Civil Veterinary Dept. Bombay admin report 1932-41 - 1932-1941
Year: 1932
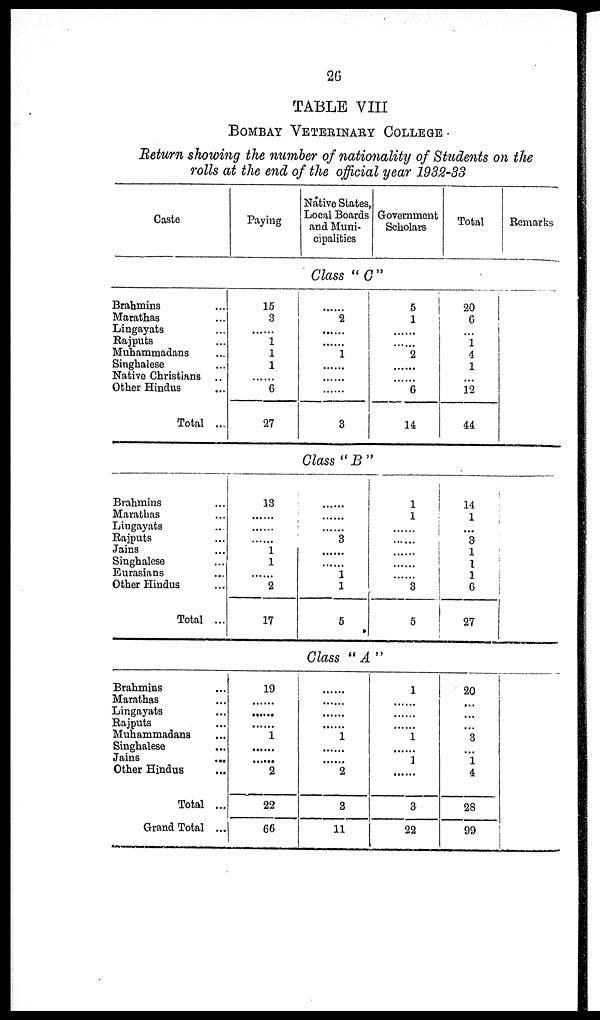
26
TABLE VIII
BOMBAY VETERINARY COLLEGE
Return showing the number of nationality of Students on the
rolls at the end of the official year 1932-33
Caste
Brahmins ...
Marathas ...
Lingayats ...
Rajputs …
Muhammadans ...
Singhalese …
Native Christians …
Other Hindus …
Total ...
Brahmins …
Marathas ...
Lingayats ...
Rajputs …
Jains …
Singhalese …
Eurasians …
Other Hindus …
Total ...
Brahmins …
Marathas ...
Lingayats ...
Rajputs …
Muhammadans ...
Singhalese …
Jains
...
Other Hindus …
Total ...
Grand Total ...
Paying
15
3
......
1
1
1
......
6
27
13
......
......
......
1
1
......
2
17
19
......
......
......
1
......
......
2
22
66
Native States,
Local Boards
and Muni-
cipalities
Government
Scholars
Class " C "
2
......
1
......
......
......
3
5
1
......
......
2
......
......
6
14
Class " B "
......
......
......
3
......
......
1
1
5
1
1
......
......
......
......
......
8
5
Class " A "
......
......
......
......
1
......
......
2
3
11
1
......
......
......
1
......
1
......
3
22
Total
20
6
...
1
4
1
...
12
44
14
1
...
3
1
1
1
6
27
20
...
...
...
3
...
1
4
28
99
Remarks